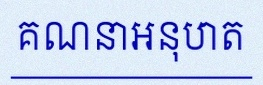
គណនាអនុបាត